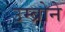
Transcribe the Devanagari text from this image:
उम्ब्रोने